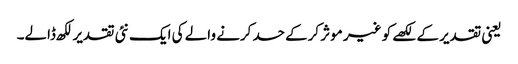
یعنی تقدیر کے لکھے کو غیر موثر کرکے حسد کرنے والے کی ایک نئی تقدیر لکھ ڈالے۔